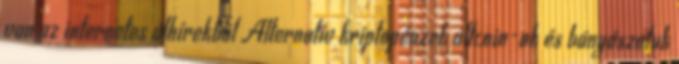
van az internetes álhírekből Alternatív kriptopénzek altcoin-ok és bányászatuk